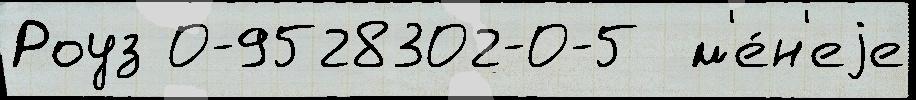
Роуз 0-9528302-0-5  м'е́н'еjе